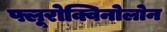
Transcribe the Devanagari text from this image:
फ्लूरोक्विनोलोन